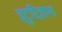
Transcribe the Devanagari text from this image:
इटुरिज़ागा